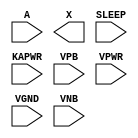
/**
 * Copyright 2020 The SkyWater PDK Authors
 *
 * Licensed under the Apache License, Version 2.0 (the "License");
 * you may not use this file except in compliance with the License.
 * You may obtain a copy of the License at
 *
 *     https://www.apache.org/licenses/LICENSE-2.0
 *
 * Unless required by applicable law or agreed to in writing, software
 * distributed under the License is distributed on an "AS IS" BASIS,
 * WITHOUT WARRANTIES OR CONDITIONS OF ANY KIND, either express or implied.
 * See the License for the specific language governing permissions and
 * limitations under the License.
 *
 * SPDX-License-Identifier: Apache-2.0
 */

`ifndef SKY130_FD_SC_HD__LPFLOW_ISOBUFSRCKAPWR_PP_SYMBOL_V
`define SKY130_FD_SC_HD__LPFLOW_ISOBUFSRCKAPWR_PP_SYMBOL_V

/**
 * lpflow_isobufsrckapwr: Input isolation, noninverted sleep on
 *                        keep-alive power rail.
 *
 *                        X = (!A | SLEEP)
 *
 * Verilog stub (with power pins) for graphical symbol definition
 * generation.
 *
 * WARNING: This file is autogenerated, do not modify directly!
 */

`timescale 1ns / 1ps
`default_nettype none

(* blackbox *)
module sky130_fd_sc_hd__lpflow_isobufsrckapwr (
    //# {{data|Data Signals}}
    input  A    ,
    output X    ,

    //# {{power|Power}}
    input  SLEEP,
    input  KAPWR,
    input  VPB  ,
    input  VPWR ,
    input  VGND ,
    input  VNB
);
endmodule

`default_nettype wire
`endif  // SKY130_FD_SC_HD__LPFLOW_ISOBUFSRCKAPWR_PP_SYMBOL_V